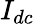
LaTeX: I_{dc}